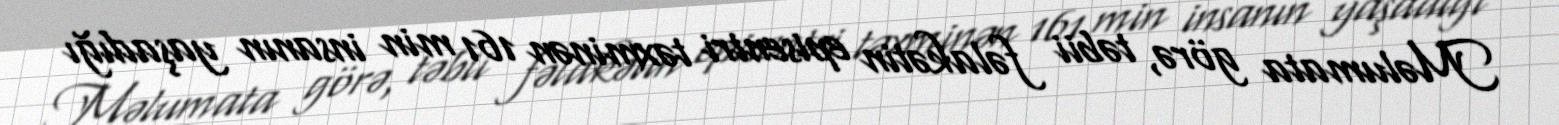
Məlumata görə, təbii fəlakətin episentri təxminən 161 min insanın yaşadığı